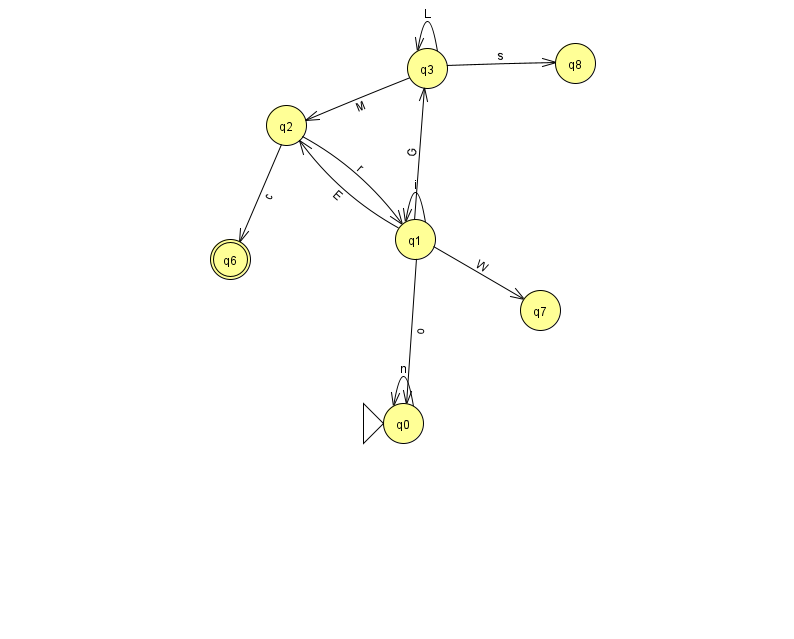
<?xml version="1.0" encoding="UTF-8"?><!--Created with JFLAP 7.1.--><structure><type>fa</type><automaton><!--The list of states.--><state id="0" name="q0"><x>403.0</x><y>410.0</y><initial/></state><state id="1" name="q1"><x>415.0</x><y>226.0</y></state><state id="2" name="q2"><x>286.0</x><y>112.0</y></state><state id="3" name="q3"><x>427.0</x><y>55.0</y></state><state id="6" name="q6"><x>230.0</x><y>246.0</y><final/></state><state id="7" name="q7"><x>540.0</x><y>297.0</y></state><state id="8" name="q8"><x>575.0</x><y>50.0</y></state><!--The list of transitions.--><transition><from>2</from><to>1</to><read>r</read></transition><transition><from>2</from><to>6</to><read>c</read></transition><transition><from>3</from><to>2</to><read>M</read></transition><transition><from>3</from><to>8</to><read>s</read></transition><transition><from>1</from><to>2</to><read>E</read></transition><transition><from>1</from><to>0</to><read>o</read></transition><transition><from>1</from><to>7</to><read>W</read></transition><transition><from>1</from><to>1</to><read>i</read></transition><transition><from>3</from><to>3</to><read>L</read></transition><transition><from>0</from><to>0</to><read>n</read></transition><transition><from>1</from><to>3</to><read>G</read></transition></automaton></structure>